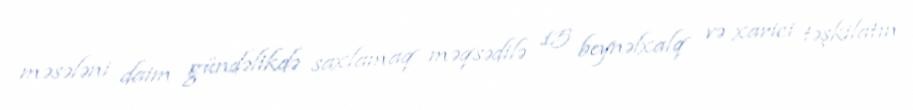
məsələni daim gündəlikdə saxlamaq məqsədilə 15 beynəlxalq və xarici təşkilatın